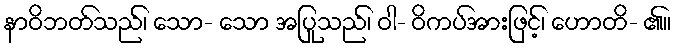
နာဝိဘတ်သည်၊ သော- သော အပြုသည်၊ ဝါ- ဝိကပ်အားဖြင့်၊ ဟောတိ- ၏။